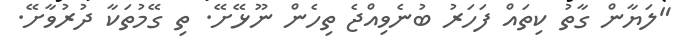
"ލަޔާން ގާތު ކިތައް ފަހަރު ބުނެވިއްޖެ ތިހެން ނޫޅޭށޭ. ތި ގޭމުތަކާ ދުރުވާށޭ.